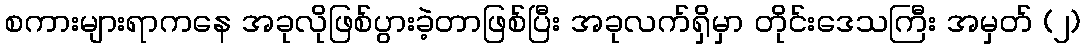
စကားများရာကနေ အခုလိုဖြစ်ပွားခဲ့တာဖြစ်ပြီး အခုလက်ရှိမှာ တိုင်းဒေသကြီး အမှတ် (၂)